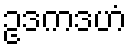
ဥဒကဒဟံ